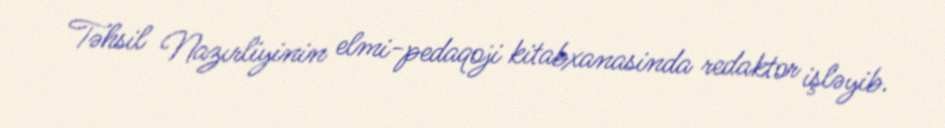
Təhsil Nazırliyinin elmi-pedaqoji kitabxanasinda redaktor işləyib.